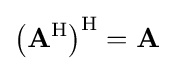
\left(\mathbf {A} ^{\mathrm {H} }\right)^{\mathrm {H} }=\mathbf {A}